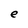
Character: e